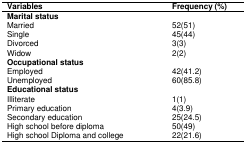
<table><thead><tr><td><b>Variables</b></td><td><b>Frequency (%)</b></td></tr></thead><tbody><tr><td><b>Marital status</b></td><td></td></tr><tr><td>Married</td><td>52(51)</td></tr><tr><td>Single</td><td>45(44)</td></tr><tr><td>Divorced</td><td>3(3)</td></tr><tr><td>Widow</td><td>2(2)</td></tr><tr><td><b>Occupational status</b></td><td></td></tr><tr><td>Employed</td><td>42(41.2)</td></tr><tr><td>Unemployed</td><td>60(85.8)</td></tr><tr><td><b>Educational status</b></td><td></td></tr><tr><td>Illiterate</td><td>1(1)</td></tr><tr><td>Primary education</td><td>4(3.9)</td></tr><tr><td>Secondary education</td><td>25(24.5)</td></tr><tr><td>High school before diploma</td><td>50(49)</td></tr><tr><td>High school Diploma and college</td><td>22(21.6)</td></tr></tbody></table>